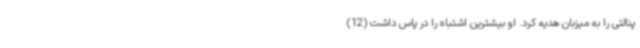
پنالتی را به میزبان هدیه کرد. او بیشترین اشتباه را در پاس داشت (12)